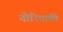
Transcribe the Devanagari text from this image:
नोरियाकी